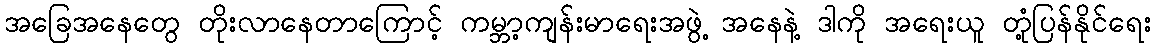
အခြေအနေတွေ တိုးလာနေတာကြောင့် ကမ္ဘာ့ကျန်းမာရေးအဖွဲ့ အနေနဲ့ ဒါကို အရေးယူ တုံ့ပြန်နိုင်ရေး